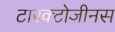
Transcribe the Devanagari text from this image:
टारक्टोजीनस